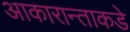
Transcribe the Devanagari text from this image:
आकारान्ताकडे